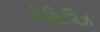
એશિલિઝ